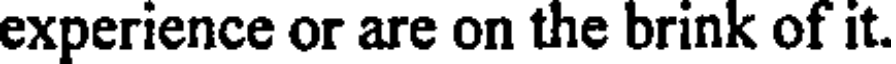
experience or are on the brink of it.